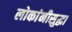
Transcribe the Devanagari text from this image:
लोकांनीसुद्धा